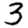
Digit: 3